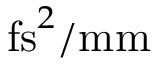
\mathrm { f s } ^ { 2 } / \mathrm { m m }